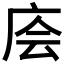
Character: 𰏶